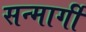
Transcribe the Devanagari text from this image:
सन्मार्गी